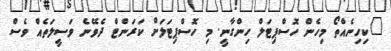
"ކިހިނެއްތޯ މިހެން ހޮސްޕިޓަލް ހިންގާނީ. މި ހޮސްޕިޓަލަށް ކަރަންޓް ދެވޭނެ ވަސީލަތެއް ވެސް